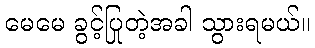
မေမေ ခွင့်ပြုတဲ့အခါ သွားရမယ်။